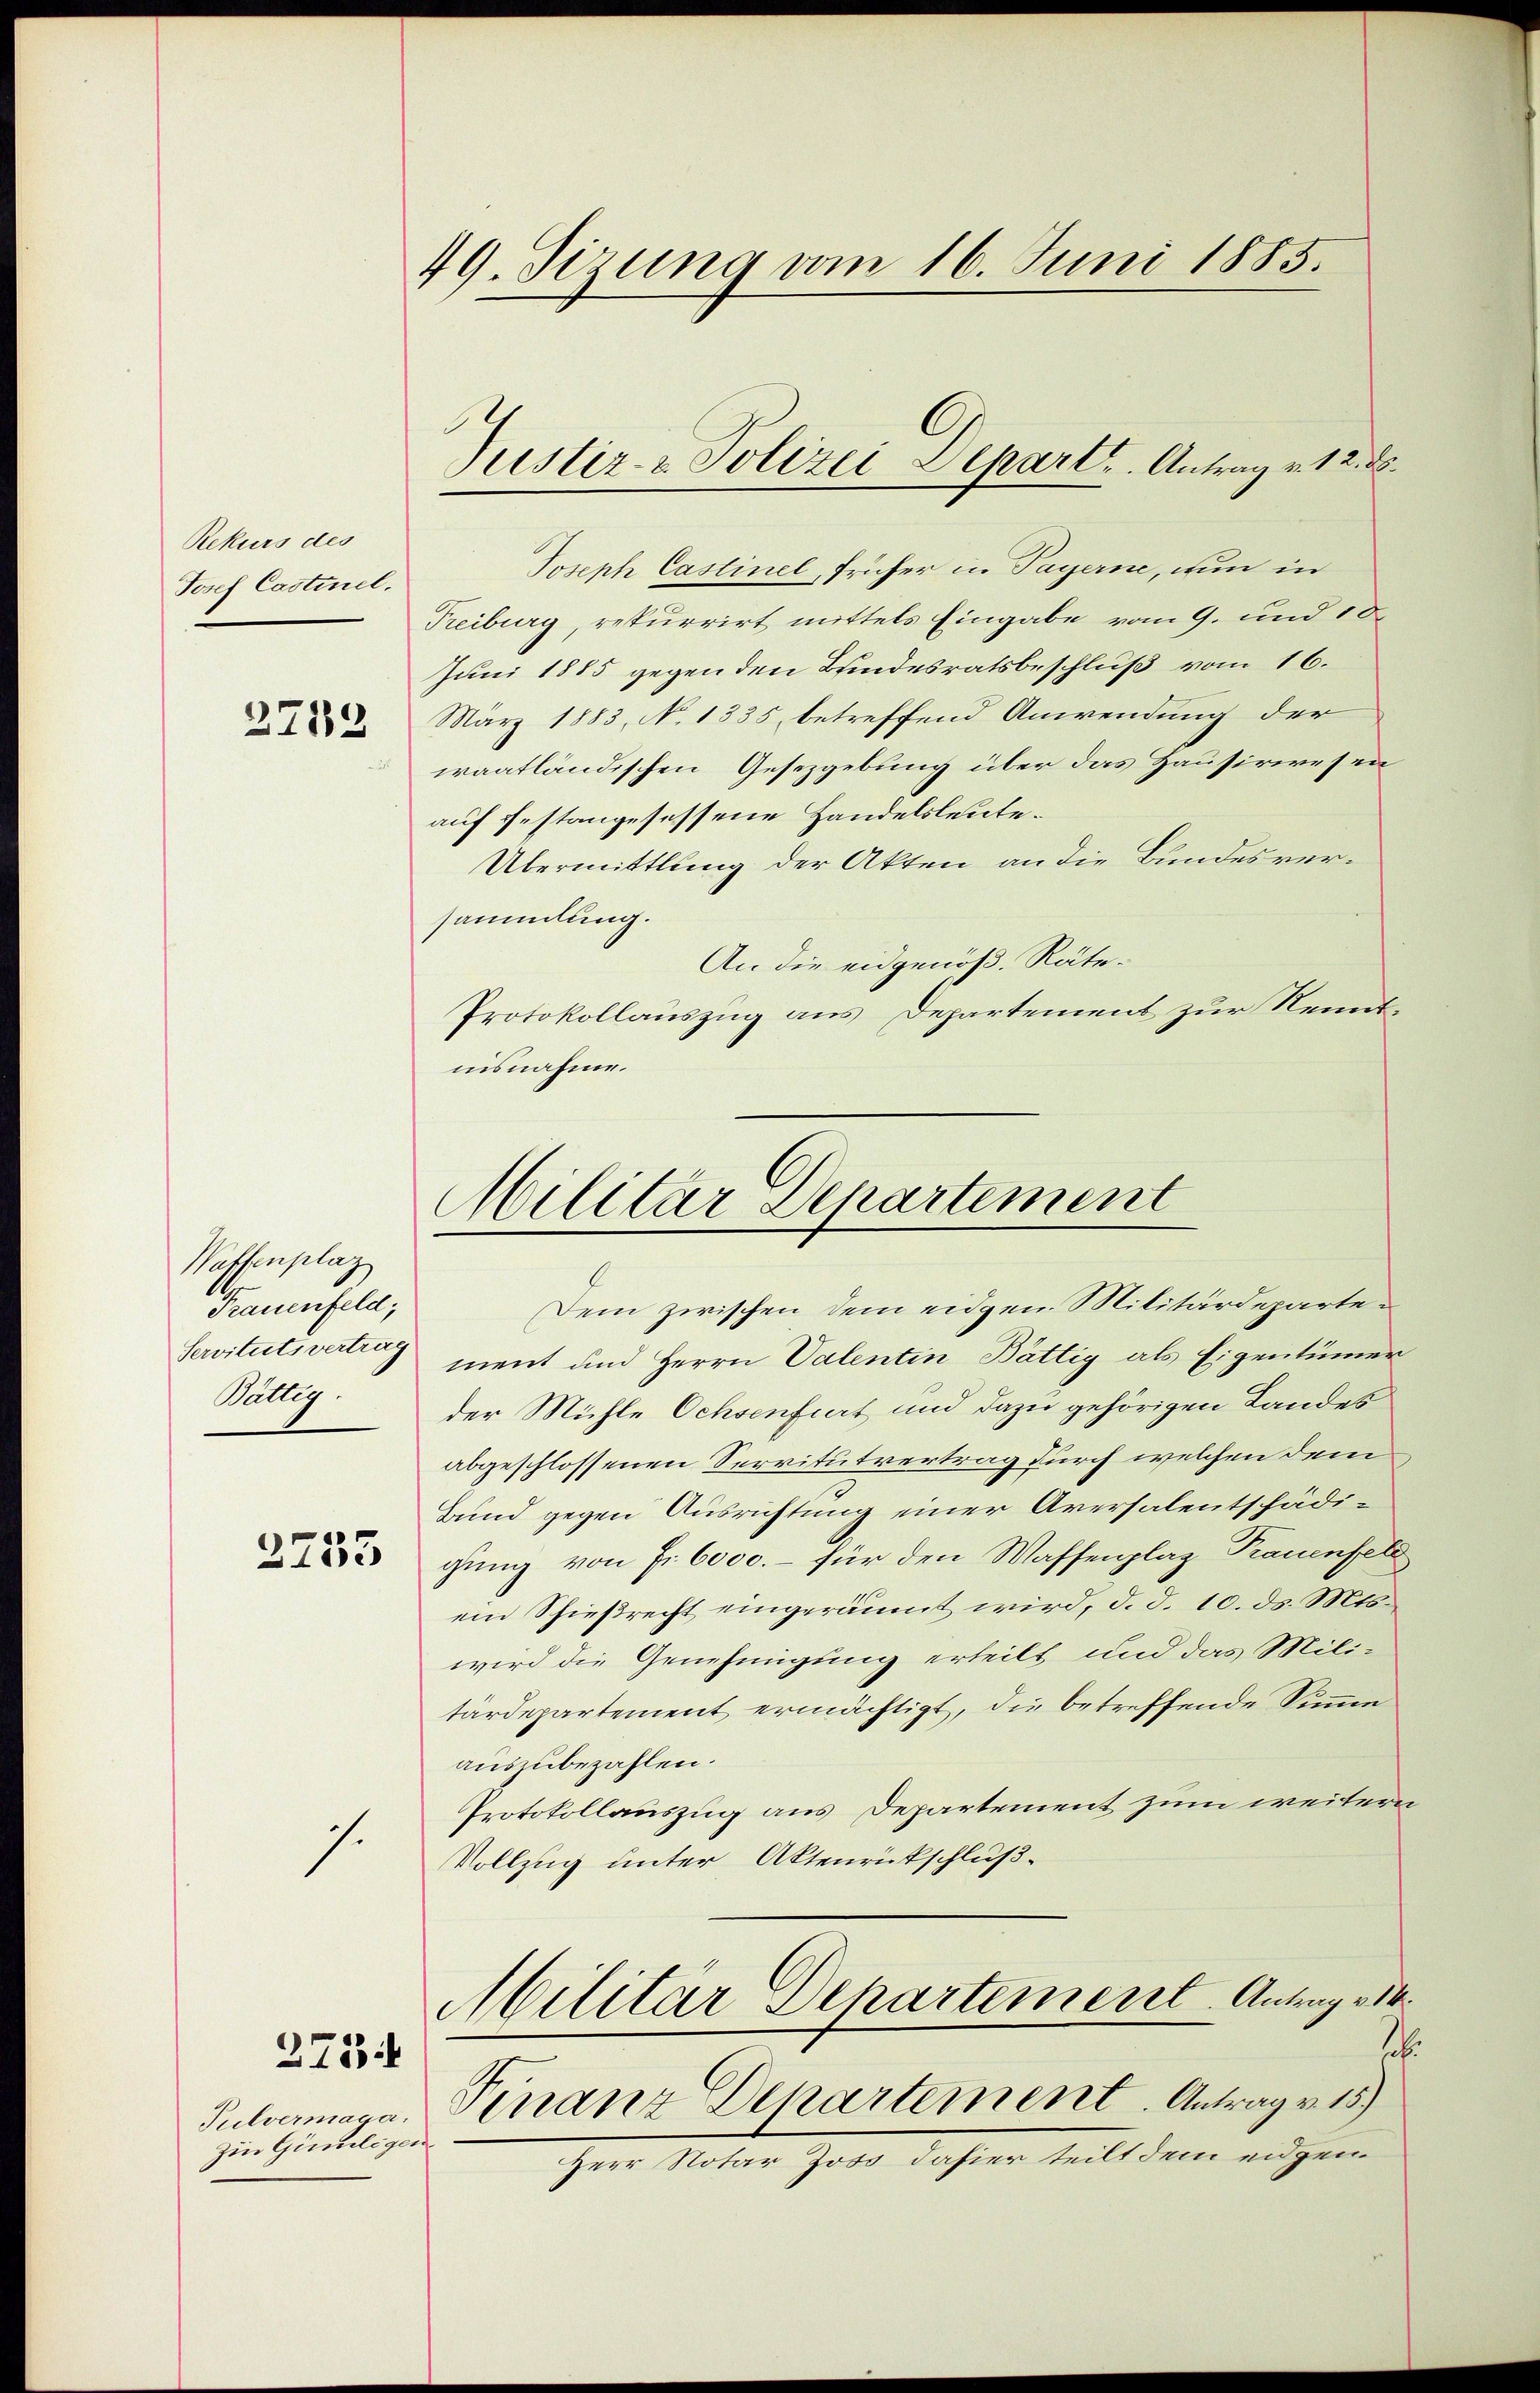
Rekurs des
Josef Castinel.

2712

Waffenplaz
Frauenfeld,
Servituts vertrag
Valtig

2253

s.

2731

Pulvermaga.
Zi Gimiliger

49. Sizung vom 16. Juni 1885.

Joseph Castinel, früher in Payerne, nun in
Treiburg, rekurrirt mittels Eingabe vom 9. und 10.
Juni 1885 gegen den Bundesratsbeschluß vom 16.
März 1883, No 1335 betreffend Anwendung der
waatländischen Gesetzgebung über das Hausirwesen
auf festangesessene Handelsleute¬
Übermittlung der Akten an die Bundesversammlung.
An die eidgenöß. Räte¬
Protokollauszug aus Departement zur Kenntiisnahme.

Justiz- & Polizei Depart. Antrag v. 12. d.

Militar Departement
Dem zwischen dem eidgen Militärdeparte¬

ment und Herrn Valentin Bättig als Eigentümer
der Mühle Ochsenfiert und dazu gehörigen Landes
abgeschlossenen Servitutvertrag durch welchen dem
Bund gegen Ausrichtung einer Aversalentschädigung von Fr. 6000. – für den Waffenplaz Trauenfeld
ein Schießrecht eingeräumt wird, d. d. 10. ds. Mts.
wird die Genehmigung erheilt und das Militärdepartement ermächtigt, die betreffende Simmen
auszubezahlen.
Protokollauszug aus Departement zum weitern
Vollzug unter Aktenrückschluß¬
Militar Departement. Antrag v
2
Finanz Departement. Antrag v. 15)
Herr Notar Joso, dahier teilt dem eidgen